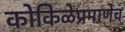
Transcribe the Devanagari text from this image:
कोकिळेप्रमाणेच